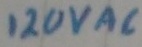
Text: 120VAC